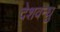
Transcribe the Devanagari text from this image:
देशवन्धु